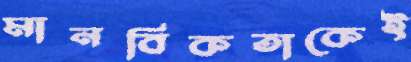
মানবিকতাকেই